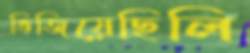
ভিজিয়েছিলি